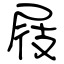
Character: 屐